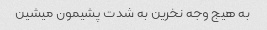
به هیج وجه نخرین به شدت پشیمون میشین